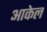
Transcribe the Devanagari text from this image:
आकेल